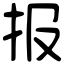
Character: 报